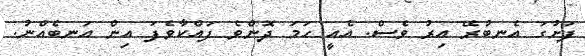
ފަށުގަ އެނބުރޭ އިރު ވެސް. އެއީ ހަމަ ދޮންވެ ފައްކާވެފަ އިން އަނބެއްނު.